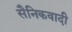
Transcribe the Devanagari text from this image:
सैनिकवादी